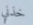
خذني